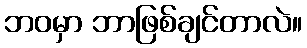
ဘဝမှာ ဘာဖြစ်ချင်တာလဲ။